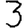
Digit: 3